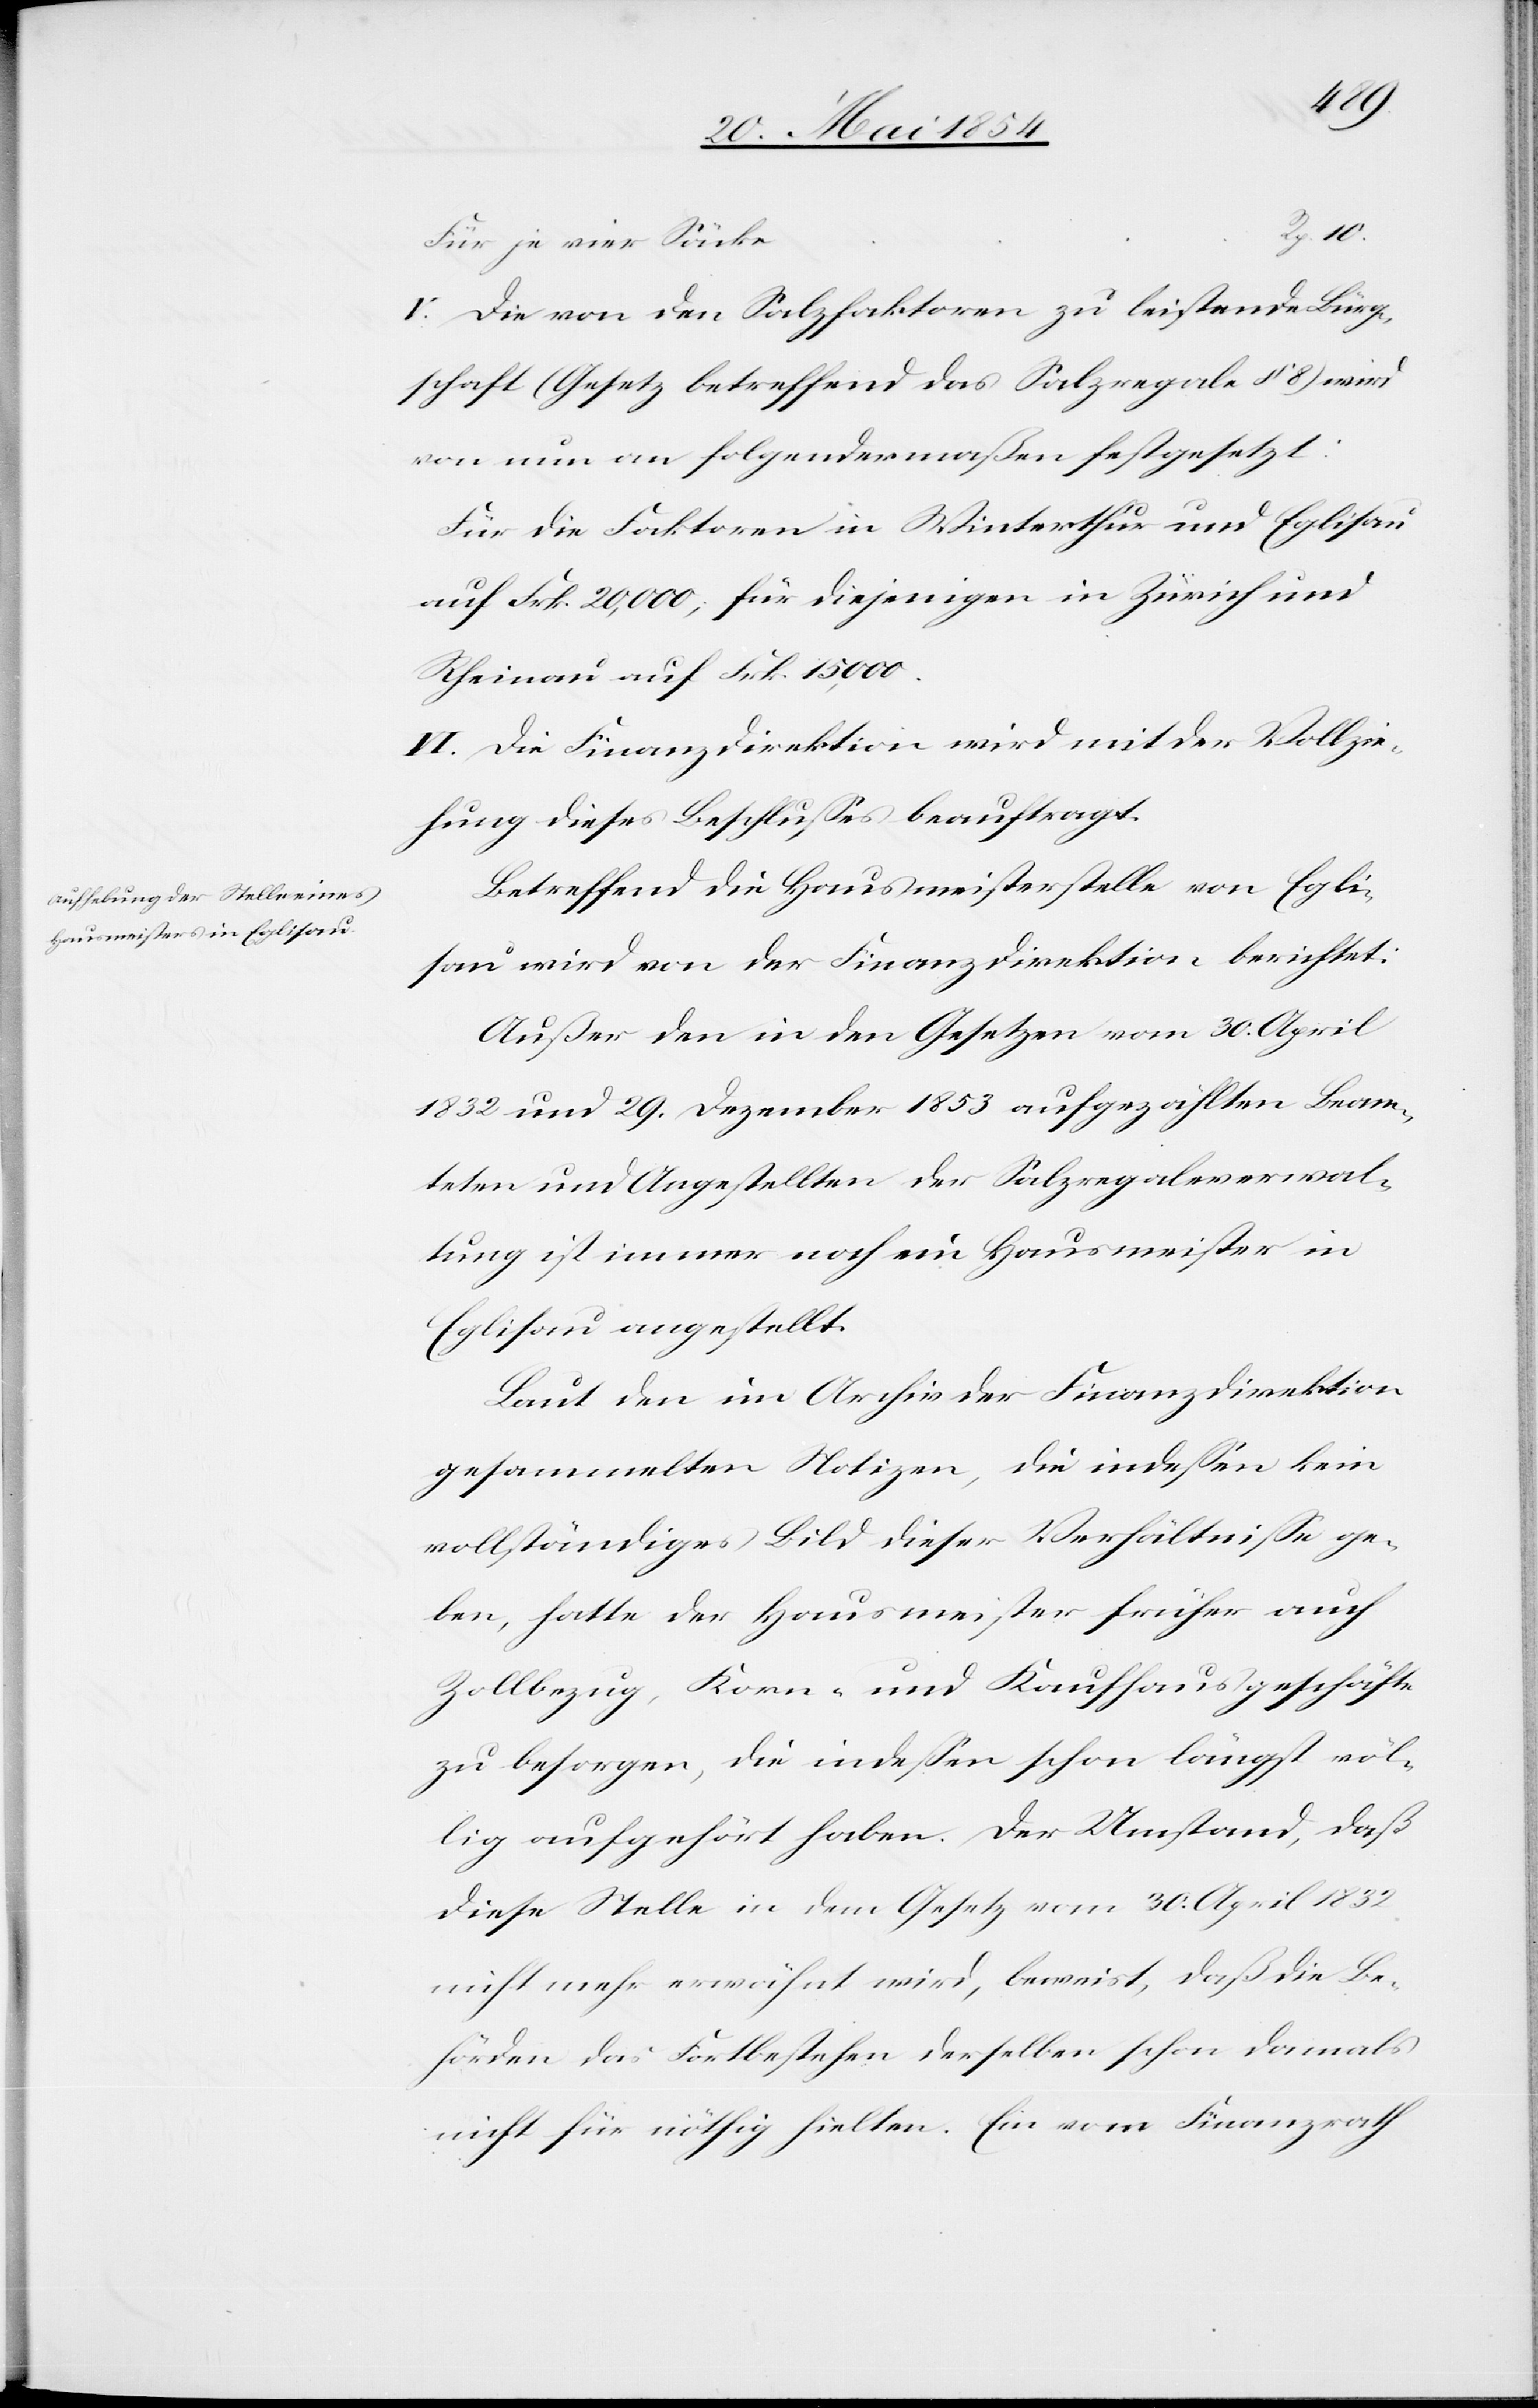
10.
V. Die von den Salzfaktoren zu leistende Bürg¬
schaft (Gesetz betreffend das Salzregale § 8) wird
von nun an folgendermaßen festgesetzt:
Für die Faktoren in Winterthur und Eglisau
auf Frk. 20,000; für diejenigen in Zürich und
Rheinau auf Frk. 15,000.
VI. Die Finanzdirektion wird mit der Vollzie¬
hung dieses Beschlußes beauftragt.
Betreffend die Hausmeisterstelle von Egli¬
sau wird von der Finanzdirektion berichtet:
Außer den in den Gesetzen vom 30. April
1832 und 29. Dezember 1853 aufgezählten Beam¬
teten und Angestellten der Salzregalverwal¬
tung ist immer noch ein Hausmeister in
Eglisau angestellt.
Laut den im Archiv der Finanzdirektion
gesammelten Notizen, die indeßen kein
vollständiges Bild dieser Verhältniße ge¬
ben, hatte der Hausmeister früher auch
Zollbezug, Korn- und Kaufhausgeschäfte
zu besorgen, die indeßen schon längst völ¬
lig aufgehört haben. Der Umstand, daß
diese Stelle in dem Gesetz vom 30. April 1832
nicht mehr erwähnt wird, beweist, daß die Be¬
hörden das Fortbestehen derselben schon damals
nicht für nöthig hielten. Ein vom Finanzrath